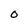
Character: O